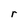
Character: r